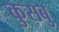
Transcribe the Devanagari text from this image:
कुसबु